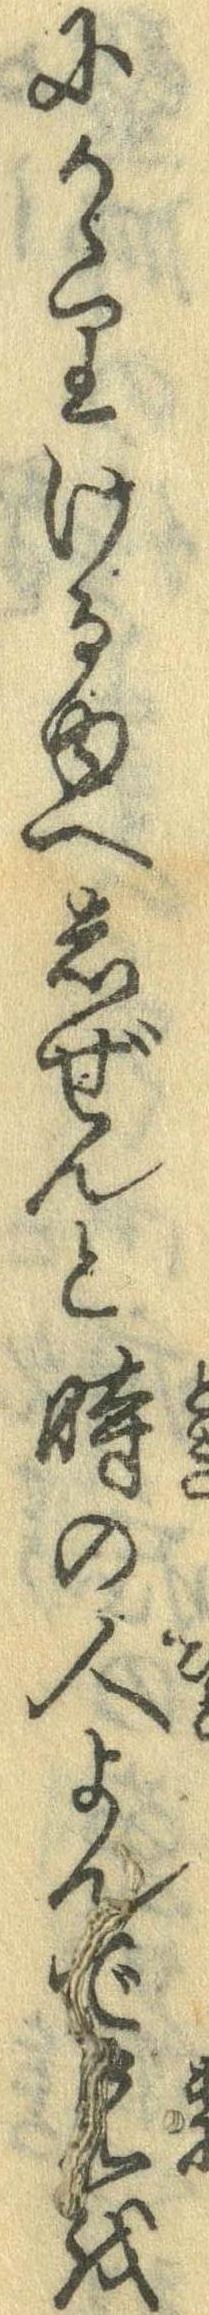
にかゝりけるゆへしぜんと時の人よんで兄を